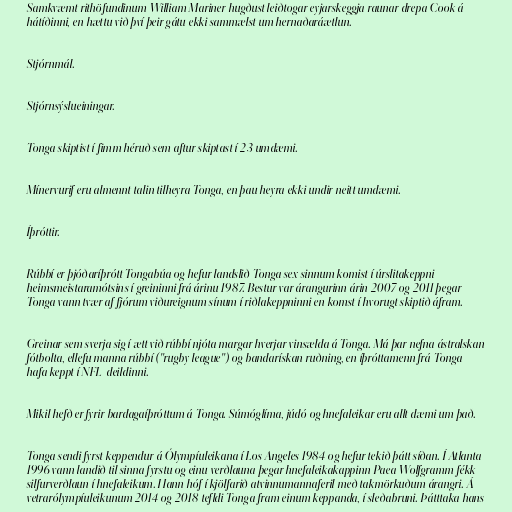
Samkvæmt rithöfundinum William Mariner hugðust leiðtogar eyjarskeggja raunar drepa Cook á
hátíðinni, en hættu við því þeir gátu ekki sammælst um hernaðaráætlun.

Stjórnmál.

Stjórnsýslueiningar.

Tonga skiptist í fimm héruð sem aftur skiptast í 23 umdæmi.

Mínervurif eru almennt talin tilheyra Tonga, en þau heyra ekki undir neitt umdæmi.

Íþróttir.

Rúbbí er þjóðaríþrótt Tongabúa og hefur landslið Tonga sex sinnum komist í úrslitakeppni
heimsmeistaramótsins í greininni frá árinu 1987. Bestur var árangurinn árin 2007 og 2011 þegar
Tonga vann tvær af fjórum viðureignum sínum í riðlakeppninni en komst í hvorugt skiptið áfram.

Greinar sem sverja sig í ætt við rúbbí njóta margar hverjar vinsælda á Tonga. Má þar nefna ástralskan
fótbolta, ellefu manna rúbbí ("rugby league") og bandarískan ruðning, en íþróttamenn frá Tonga
hafa keppt í NFL-deildinni.

Mikil hefð er fyrir bardagaíþróttum á Tonga. Súmóglíma, júdó og hnefaleikar eru allt dæmi um það.

Tonga sendi fyrst keppendur á Ólympíuleikana í Los Angeles 1984 og hefur tekið þátt síðan. Í Atlanta
1996 vann landið til sinna fyrstu og einu verðlauna þegar hnefaleikakappinn Paea Wolfgramm fékk
silfurverðlaun í hnefaleikum. Hann hóf í kjölfarið atvinnumannaferil með takmörkuðum árangri. Á
vetrarólympíuleikunum 2014 og 2018 tefldi Tonga fram einum keppanda, í sleðabruni. Þátttaka hans